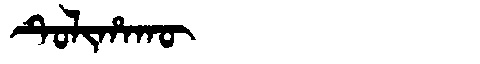
Manchu: ᡨᡠᠯᡳᡥᠠᡴᡡ
Romanization: TULIHAKŪ